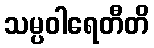
သမ္ပဝါရေတီတိ